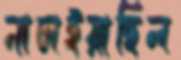
নাচাইয়াছিল